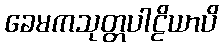
ခေမကသုတ္တပါဠိယာပိ